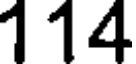
114